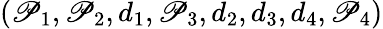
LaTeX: (\mathscr{P}_{1},\mathscr{P}_{2},d_{1},\mathscr{P}_{3},d_{2},d_{3},d_{4},\mathscr{P}_{4})